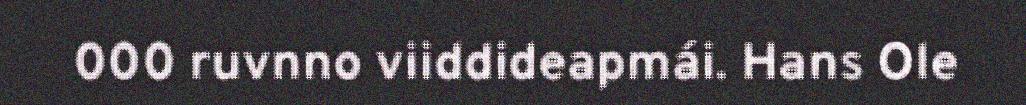
000 ruvnno viiddideapmái. Hans Ole